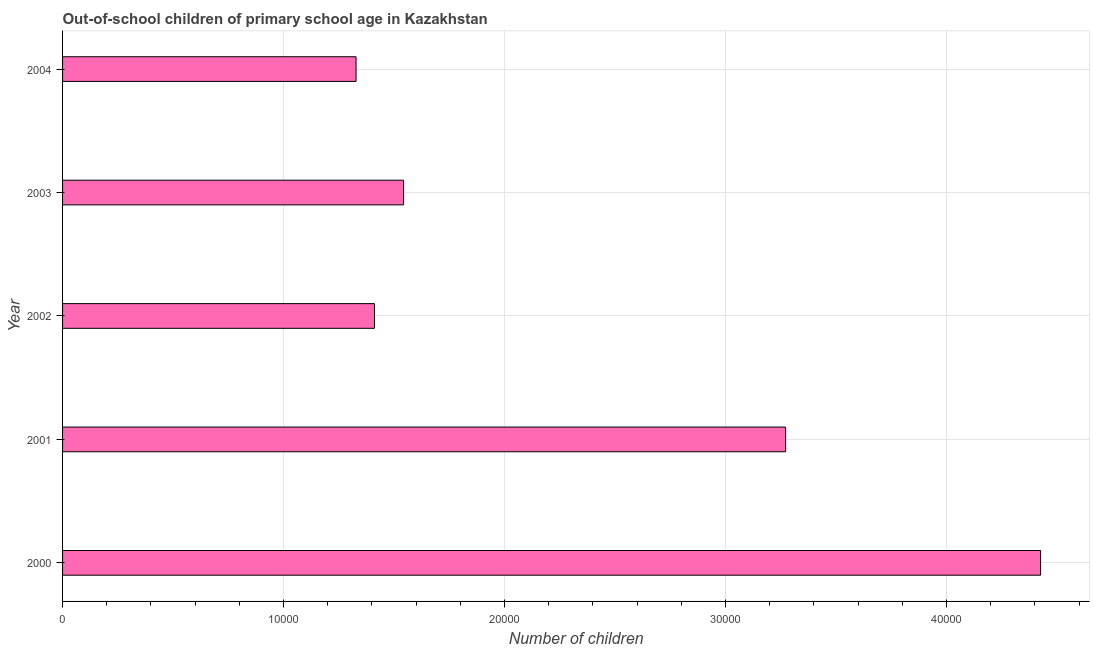
| Year | Out-of-school children of primary school age |
 | --- | --- |
 | 2000 | 4.43e+04 |
 | 2001 | 3.27e+04 |
 | 2002 | 1.41e+04 |
 | 2003 | 1.54e+04 |
 | 2004 | 1.33e+04 |